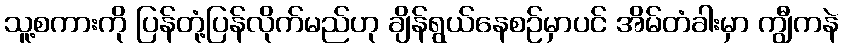
သူ့စကားကို ပြန်တုံ့ပြန်လိုက်မည်ဟု ချိန်ရွယ်နေစဉ်မှာပင် အိမ်တံခါးမှာ ကျွီကနဲ